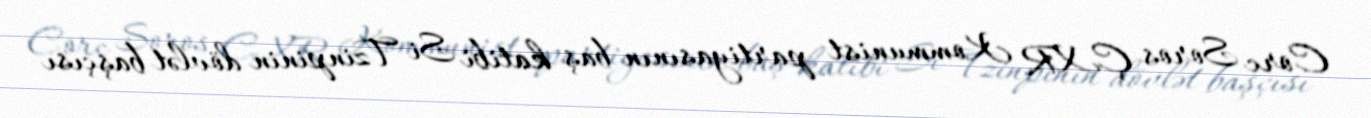
Corc Soros ÇXR Kommunist partiyasının baş katibi Si Tzinpinin dövlət başçısı